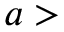
a >